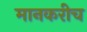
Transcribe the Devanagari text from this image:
मानकरीच